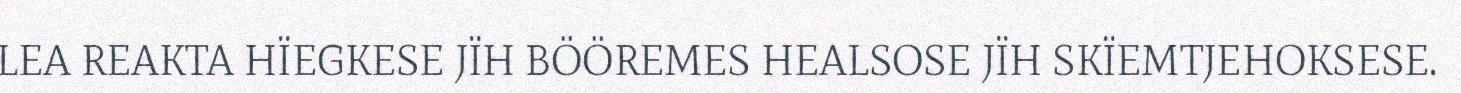
LEA REAKTA HÏEGKESE JÏH BÖÖREMES HEALSOSE JÏH SKÏEMTJEHOKSESE.